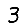
Digit: 3